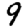
Digit: 9